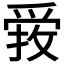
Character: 𱭃